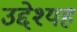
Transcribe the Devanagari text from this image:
उद्देश्यह